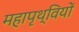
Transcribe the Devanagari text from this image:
महापृथ्वियों